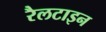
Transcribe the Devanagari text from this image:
रैलटाइन